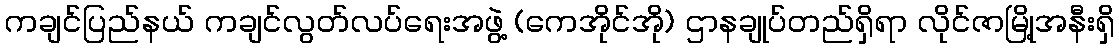
ကချင်ပြည်နယ် ကချင်လွတ်လပ်ရေးအဖွဲ့ (ကေအိုင်အို) ဌာနချုပ်တည်ရှိရာ လိုင်ဇာမြို့အနီးရှိ